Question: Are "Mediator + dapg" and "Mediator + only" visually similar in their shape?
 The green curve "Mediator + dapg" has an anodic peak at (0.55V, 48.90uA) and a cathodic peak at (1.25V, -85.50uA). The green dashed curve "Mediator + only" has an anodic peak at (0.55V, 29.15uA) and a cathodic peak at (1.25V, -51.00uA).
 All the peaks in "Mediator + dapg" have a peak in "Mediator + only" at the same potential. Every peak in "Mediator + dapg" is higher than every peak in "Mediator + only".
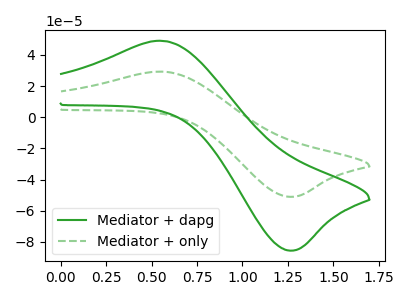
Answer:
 <answer>"Mediator + dapg" and "Mediator + only" are similar in shape.</answer>
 <eval>same_shape</eval>